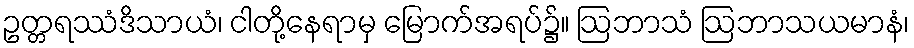
ဥတ္တရဿံဒိသာယံ၊ ငါတို့နေရာမှ မြောက်အရပ်၌။ ဩဘာသံ ဩဘာသယမာနံ၊